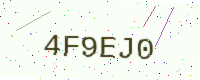
Text: 4F9EJ0